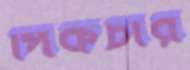
পিকচার